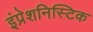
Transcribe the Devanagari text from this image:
इंप्रेशनिस्टिक